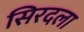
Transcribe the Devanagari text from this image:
सिरदला